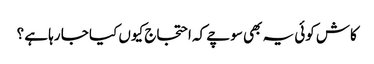
کاش کوئی یہ بھی سوچے کہ احتجاج کیوں کیا جا رہا ہے ؟